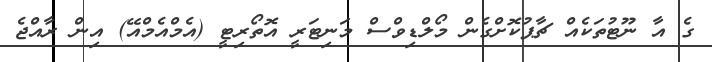
ގެ އާ ނޫޓުތަކެއް ޗާޕުކޮށްގެން މޯލްޑިވްސް މަނިޓަރީ އޮތޯރިޓީ (އެމްއެމްއޭ) އިން ރާއްޖެ